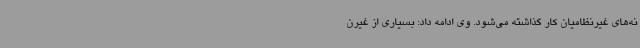
نه‌های غیرنظامیان کار گذاشته می‌شود. وی ادامه داد: بسیاری از غیرن